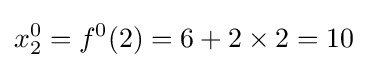
x_{2}^{0}=f^{0}(2)=6+2\times 2=10